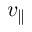
v _ { \parallel }